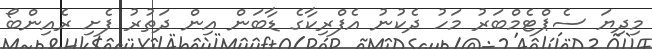
މިދިޔަ ސެޕްޓެމްބަރު މަހު ދެކުނު އެފްރިކާގެ ޑާބަން އިން ދަތުރު ފެށި ރެއިންބޯ